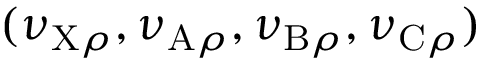
( \nu _ { \mathrm { X } \rho } , \nu _ { \mathrm { A } \rho } , \nu _ { \mathrm { B } \rho } , \nu _ { \mathrm { C } \rho } )